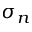
\sigma _ { n }